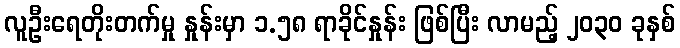
လူဦးရေတိုးတက်မှု နှုန်းမှာ ၁.၅၈ ရာခိုင်နှုန်း ဖြစ်ပြီး လာမည့် ၂၀၃၀ ခုနှစ်